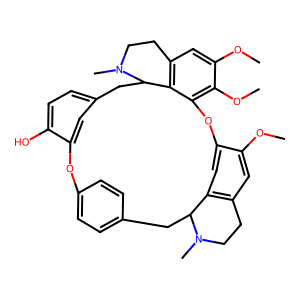
SMILES: COc1cc2c3cc1Oc1c(OC)c(OC)cc4c1C(Cc1ccc(O)c(c1)Oc1ccc(cc1)CC3N(C)CC2)N(C)CC4
Inhibits HIV replication: No